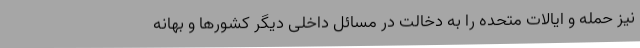
نیز حمله و ایالات متحده را به دخالت در مسائل داخلی دیگر کشورها و بهانه